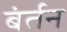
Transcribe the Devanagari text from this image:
बंर्तन